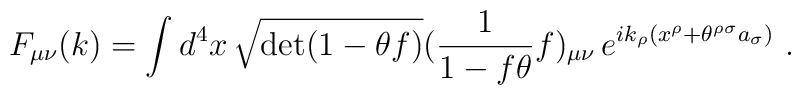
F_{\mu \nu} (k) = \int d^4 x \, \sqrt{\det (1 - \theta f)}  (\frac{1}{1 - f \theta} f )_{\mu \nu} \,  e^{i k_{\rho} (x^{\rho} + \theta^{\rho \sigma} a_{\sigma})} \ .